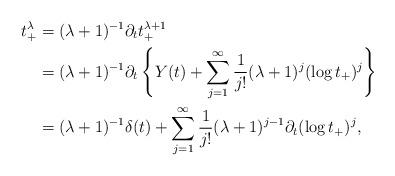
LaTeX: \begin{align*}t^\lambda_+ &= (\lambda+1)^{-1}\partial_t t_+^{\lambda+1}\\&=(\lambda+1)^{-1}\partial_t\left\{Y(t) + \sum_{j=1}^\infty \frac{1}{j!}(\lambda+1)^j(\log t_+)^j\right\}\\&=(\lambda+1)^{-1}\delta(t) + \sum_{j=1}^\infty \frac{1}{j!}(\lambda+1)^{j-1}\partial_t(\log t_+)^j,\end{align*}